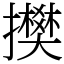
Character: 𢸅